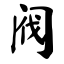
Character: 阀